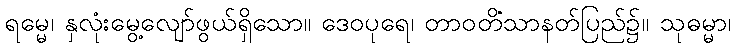
ရမ္မေ၊ နှလုံးမွေ့လျော်ဖွယ်ရှိသော။ ဒေဝပုရေ၊ တာဝတိံသာနတ်ပြည်၌။ သုဓမ္မာ၊